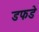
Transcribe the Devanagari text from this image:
डफडे